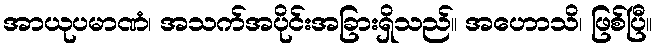
အာယုပမာဏံ၊ အသက်အပိုင်းအခြားရှိသည်။ အဟောသိ၊ ဖြစ်ပြီ။